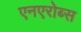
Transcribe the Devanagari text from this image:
एनएरोब्स